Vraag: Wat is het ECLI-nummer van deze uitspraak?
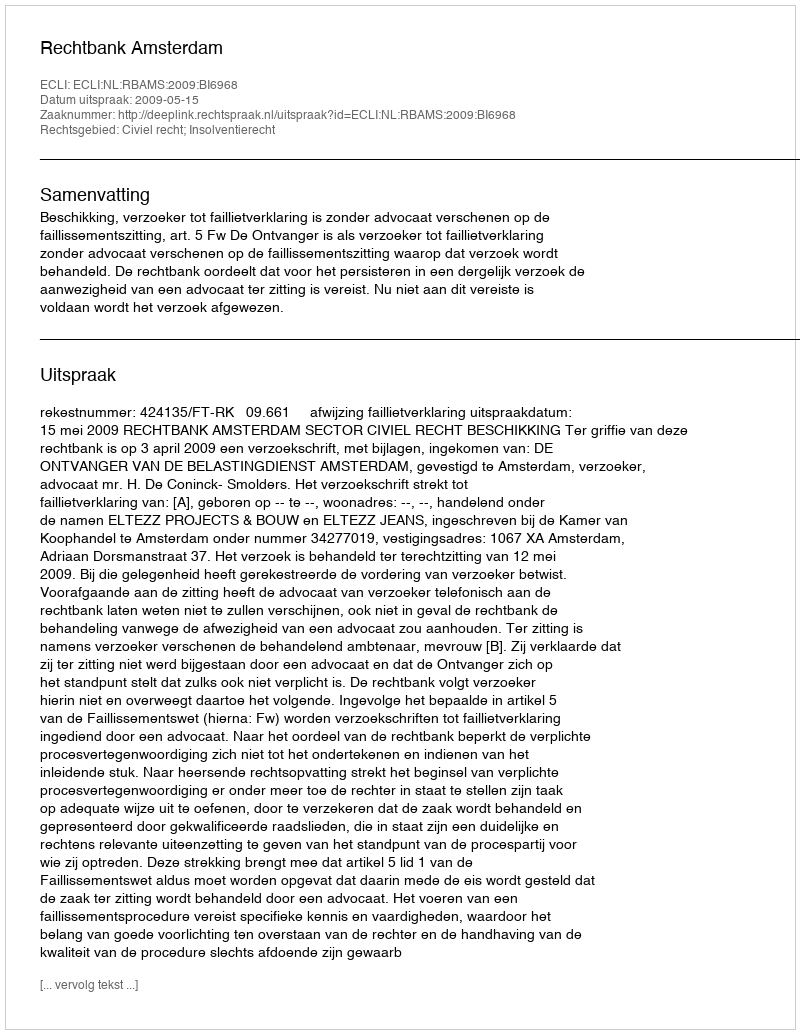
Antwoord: ECLI:NL:RBAMS:2009:BI6968